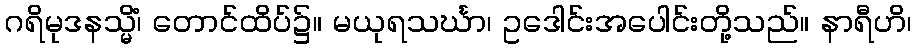
ဂရိမုဒနသ္မိံ၊ တောင်ထိပ်၌။ မယုရသင်္ဃာ၊ ဥဒေါင်းအပေါင်းတို့သည်။ နာရီဟိ၊